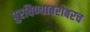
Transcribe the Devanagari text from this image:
पुरविण्याबरोबरच